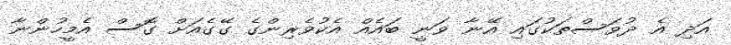
އަދި އެ ދުވަސްތަކުގައި އޭނާ ވަނީ ބައެއް އެކުވެރިންގެ ގޭގެއަށް ގޮސް އެމީހުންނާ